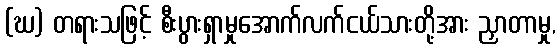
(ဃ) တရားသဖြင့် စီးပွားရှာမှုအောက်လက်ငယ်သားတို့အား ညှာတာမှု,